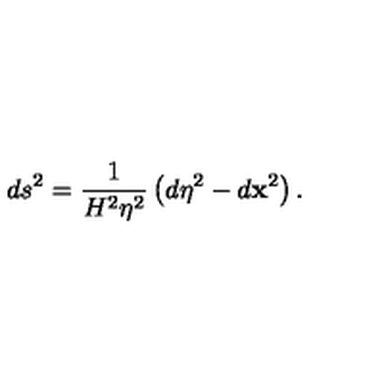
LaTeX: d s ^ { 2 } = \frac { 1 } { H ^ { 2 } \eta ^ { 2 } } \left( d \eta ^ { 2 } - d \mathbf { x } ^ { 2 } \right) .